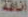
اناقة